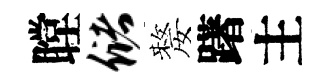
瞠储嫠躇主